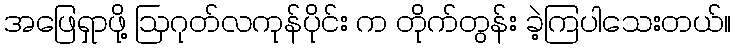
အဖြေရှာဖို့ ဩဂုတ်လကုန်ပိုင်း က တိုက်တွန်း ခဲ့ကြပါသေးတယ်။